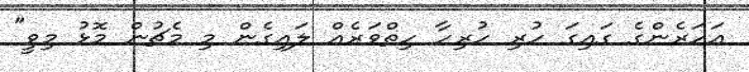
އަހަރެންގެ ގައިގަ ހުރި ހުރިހާ ހިތްވަރެއް ލައިގެން މި މެޗުން މޮޅު މިވީ"